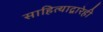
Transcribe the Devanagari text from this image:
साहित्याद्वारेही